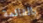
بالقائمة